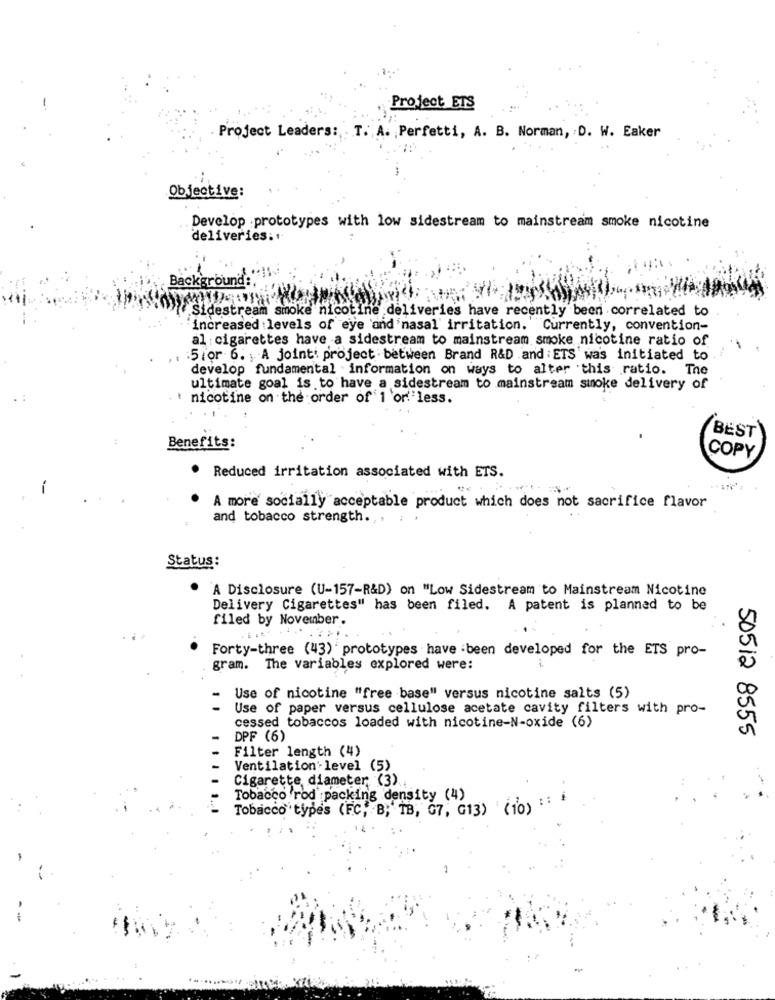
Project ETS
Project Leaders: T. A. Perfetti, A. B. Norman, D. W. Eaker
-.
Objective:
Develop prototypes with low sidestream to mainstream smoke nicotine
deliveries: +
Backgrou
Sidestream smoke nicotine deliveries have recently been correlated to
increased levels of eye and 'nasal' irritation. Currently, convention-
al cigarettes have a sidestream to mainstream smoke nicotine ratio of
: 5 or 6. A joint project between Brand R&D and : ETS' was initiated to
develop fundamental information on ways to alter this ratio. The
ultimate goal is to have a sidestream to mainstream smoke delivery of
nicotine on the order of 1 or'less.
BEST
Benefits:
COPY
. Reduced irritation associated with ETS.
.......
A more socially acceptable product which does not sacrifice flavor
and tobacco strength.
Status :
A Disclosure (U-157-R&D) on "Low Sidestream to Mainstream Nicotine
Delivery Cigarettes" has been filed. A patent is planned to be
filed by November.
Forty-three (43) ' prototypes have been developed for the ETS pro-
gram. The variables explored were:
Use of nicotine "free base" versus nicotine salts (5)
Use of paper versus cellulose acetate cavity filters with pro-
cessed tobaccos loaded with nicotine-N-oxide (6)
DPF (6)
50512 8555
Filter length (4)
Ventilation'level (5)
Cigarette, diameter (3).
Tobacco rod packing density (4)
Tobacco types (FC, B; TB, 07, G13) (10)